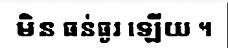
មិន ធន់ធ្ងរ ឡើយ ។